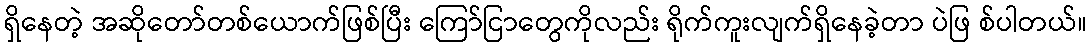
ရှိနေတဲ့ အဆိုတော်တစ်ယောက်ဖြစ်ပြီး ကြော်ငြာတွေကိုလည်း ရိုက်ကူးလျက်ရှိနေခဲ့တာ ပဲဖြ စ်ပါတယ်။